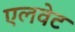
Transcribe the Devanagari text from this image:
एलवेट